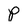
Character: P